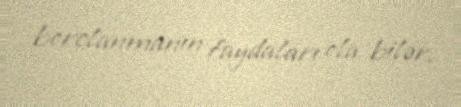
borclanmanın faydaları ola bilər.